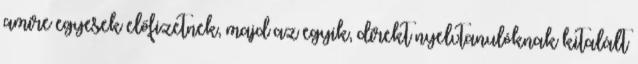
amire egyesek előfizetnek, majd az egyik, direkt nyelvtanulóknak kitalált